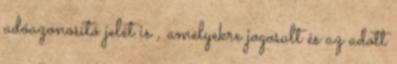
adóazonosító jelét is , amelyekre jogosult és az adott